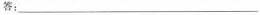
答：___